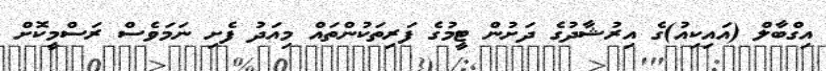
އިގްބާލް (އައިކިއު)ގެ އިރުޝާދުގެ ދަށުން ޓީމުގެ ފަރިތަކުންތައް މިއަދު ފެށި ނަމަވެސް ރަސްމީކޮށް